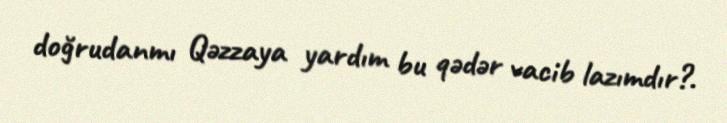
doğrudanmı Qəzzaya yardım bu qədər vacib lazımdır?.